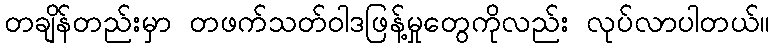
တချိန်တည်းမှာ တဖက်သတ်ဝါဒဖြန့်မှုတွေကိုလည်း လုပ်လာပါတယ်။